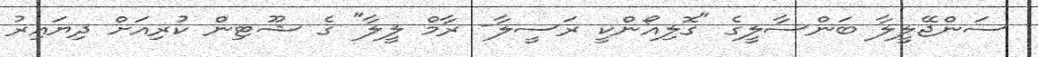
ސަންޖޭލީލާ ބަންސާލީގެ "ގޮލިއޯންކީ ރަސީލާ- ރާމް ލީލާ" ގެ ޝޫޓިން ކުރިއަށް ދިޔައިރު